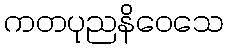
ကတပုညနိဝေသေ